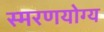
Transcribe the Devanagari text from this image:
स्मरणयोग्य